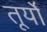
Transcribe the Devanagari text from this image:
तूर्यों